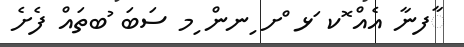
ާފނާ އެއް ޮކ ަޅ ްށ ިނން ިމ ސަބަ ުބތައް ފެށެ